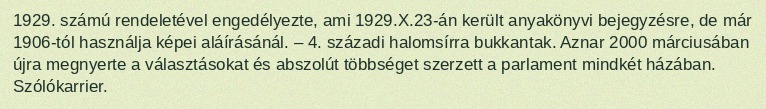
1929. számú rendeletével engedélyezte, ami 1929.X.23-án került anyakönyvi bejegyzésre, de már 1906-tól használja képei aláírásánál. – 4. századi halomsírra bukkantak. Aznar 2000 márciusában újra megnyerte a választásokat és abszolút többséget szerzett a parlament mindkét házában. Szólókarrier.